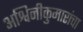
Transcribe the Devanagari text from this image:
अश्विनीकुमारांचा